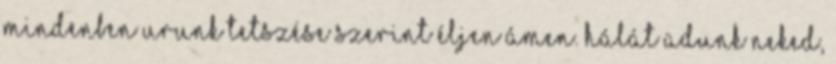
mindenben Urunk tetszése szerint éljen Ámen. Hálát adunk Neked,